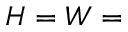
H = W =